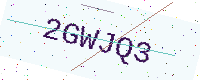
Text: 2GWJQ3